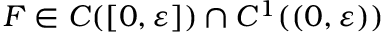
F \in C ( [ 0 , \varepsilon ] ) \cap C ^ { 1 } ( ( 0 , \varepsilon ) )